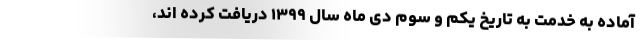
آماده به خدمت به تاریخ یکم و سوم دی ماه سال ۱۳۹۹ دریافت کرده اند،